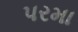
પરમા